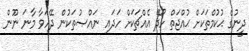
ދީނުގެ ޙުކުމްތަކަށް ޙުއްޖަތް ހޯދޭ އެއްޗަކަށް ހަދައި ނައްޞުތަކުން ދޭހަވާ މާނަ ނޫން